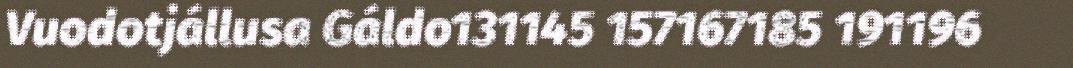
Vuodotjállusa Gáldo131145 157167185 191196